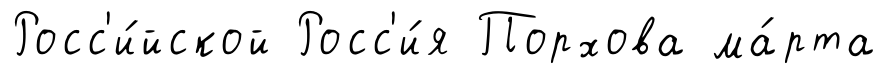
Росс'и́йской Росс'и́я Порхова ма́рта